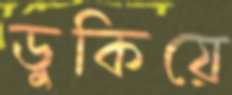
ডুকিয়ে